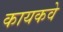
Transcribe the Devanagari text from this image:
कायकवे